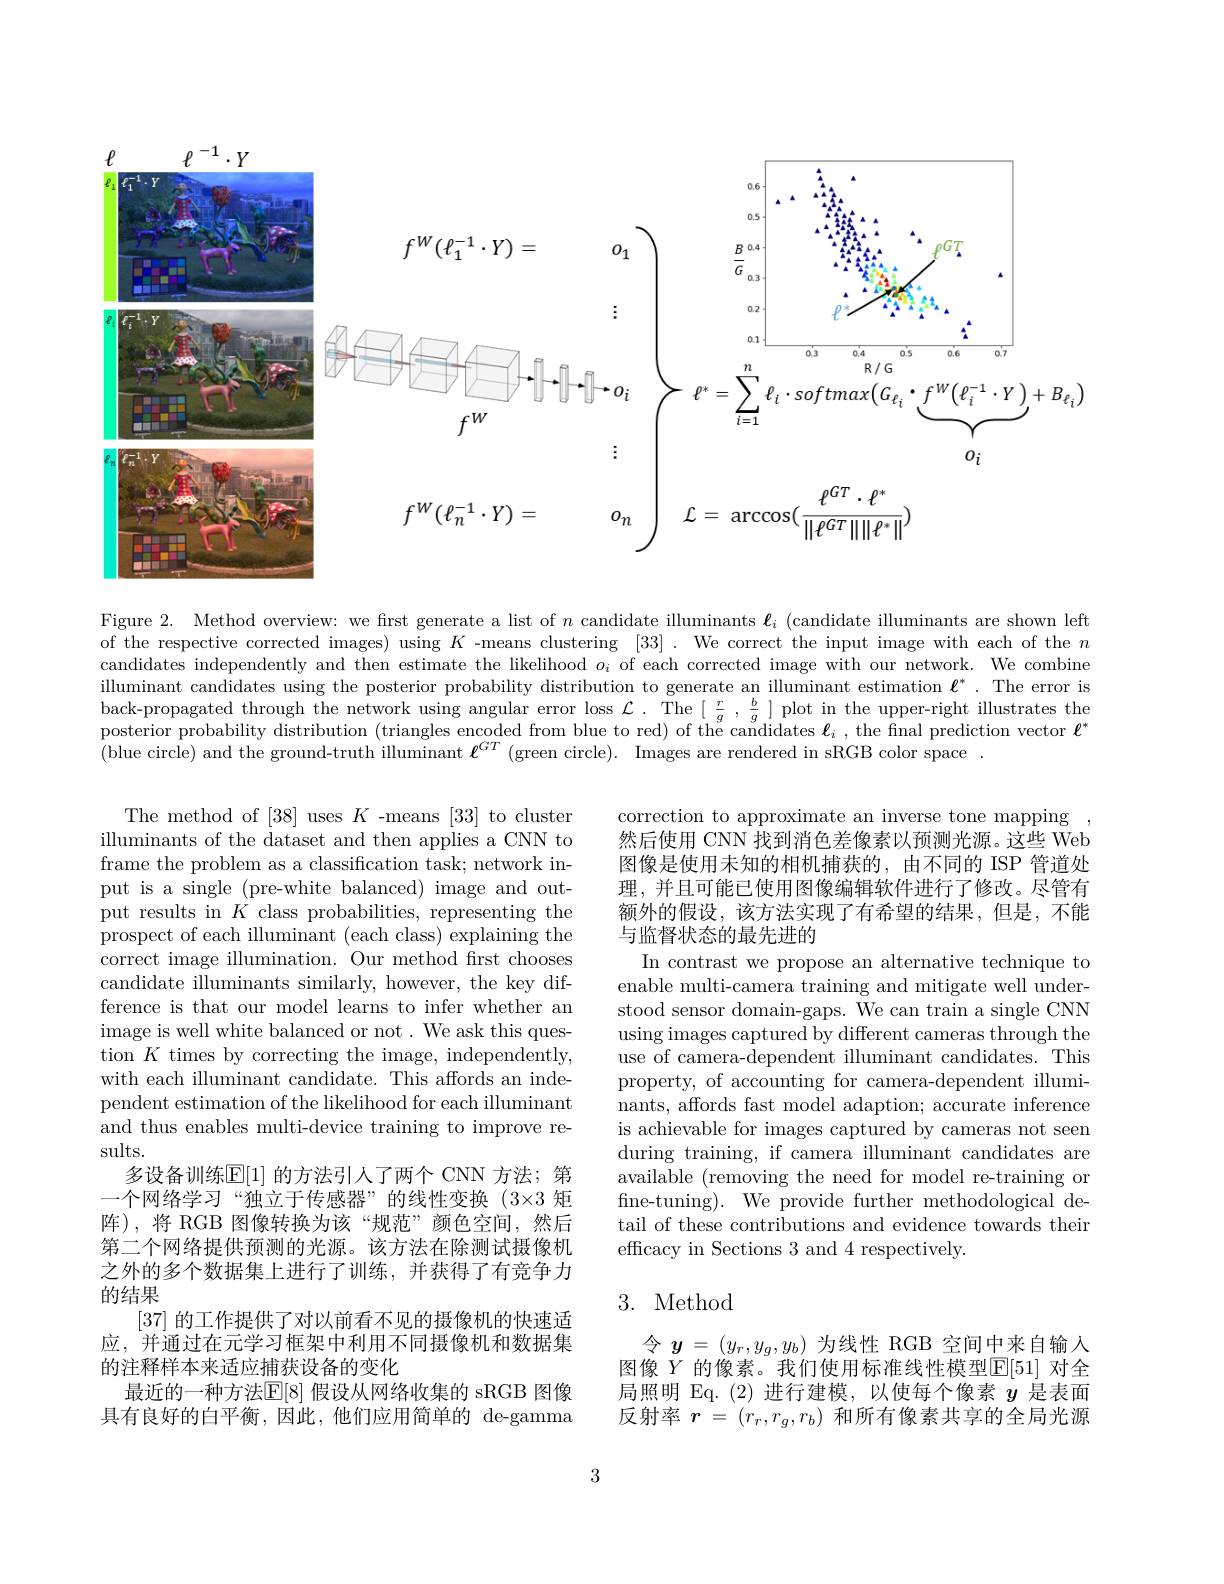
$\ell$
$\ell^{-1}\cdot Y$
$$\begin{aligned}&f^{W}(\ell_{1}^{-1}\cdot Y)=&o_{1}\\&f^{W}(\ell_{1}^{-1}\cdot Y)=&o_{1}\\&f^{W}(\ell_{n}^{-1}\cdot Y)=&o_{i}\\&f^{W}(\ell_{n}^{-1}\cdot Y)=&o_{n}\end{aligned}$$
Figure 2. Method overview: we first generate a list of $n$ candidate illuminants $\boldsymbol{\ell}_i$ (candidate illuminants are shown left of the respective corrected images) using $K$ -means clustering [33]. We correct the input image with each of the $n$ $\hat{\text{candidates independently and then estimate the likelihood }o_i}$ of each corrected image with our network. We combine illuminant candidates using the posterior probability distribution to generate an illuminant estimation $\ell^*.$ The error is back-propagated through the network using angular error loss $\mathcal{L}.$ The $[\frac rg,\frac bg]$ plot in the upper-right illustrates the posterior probability distribution (triangles encoded from blue to red) of the candidates $\ell_i$ , the final prediction vector $\ell^*$ $\hat{\text{(blue circle) and the ground-truth illuminant }\ell^{GT}}\left(\text{green circle). Images are rendered in sRGB color space }.\right.$

correction to approximate an inverse tone mapping , 然后使用 CNN 找到消色差像素以预测光源。这些 Web 图像是使用未知的相机捕获的，由不同的 ISP 管道处理，并且可能已使用图像编辑软件进行了修改。尽管有额外的假设，该方法实现了有希望的结果，但是，不能与监督状态的最先进的

In contrast we propose an alternative technique to enable multi-camera training and mitigate well understood sensor domain-gaps. We can train a single CNN using images captured by different cameras through the use of camera-dependent illuminant candidates. This property, of accounting for camera-dependent illuminants, affords fast model adaption; accurate inference is achievable for images captured by cameras not seen during training, if camera illuminant candidates are available (removing the need for model re-training or fine-tuning). We provide further methodological detail of these contributions and evidence towards their efficacy in Sections 3 and 4 respectively.

The method of [38] uses $K$ -means [33] to cluster illuminants of the dataset and then applies a CNN to frame the problem as a classification task; network input is a single (pre-white balanced) image and output results in $K$ class probabilities, representing the prospect of each illuminant (each class) explaining the correct image illumination. Our method first chooses candidate illuminants similarly, however, the key difference is that our model learns to infer whether an image is well white balanced or not. We ask this question $K$ times by correcting the image, independently, with each illuminant candidate. This affords an independent estimation of the likelihood for each illuminant and thus enables multi-device training to improve results.
多设备训练$\mathbb{E}[1]$ 的方法引人了两个 CNN 方法；第一个网络学习“独立于传感器”的线性变换(3$\times3 矩$ 阵),将 RGB 图像转换为该“规范”颜色空间，然后第二个网络提供预测的光源。该方法在除测试摄像机之外的多个数据集上进行了训练，并获得了有竞争力的结果
[37]的工作提供了对以前看不见的摄像机的快速适应，并通过在元学习框架中利用不同摄像机和数据集的注释样本来适应捕获设备的变化
最近的一种方法$\overline{\mathbb{E}}[8]$ 假设从网络收集的 sRGB 图像具有良好的白平衡，因此，他们应用简单的 de-gamma

## 3. Method

令$y=(y_r,y_g,y_b)$为线性 RGB 空间中来自输入图像$Y$的像素。我们使用标准线性模型$\mathbb{E}[51]$对全局照明 Eq.(2)进行建模，以使每个像素$y$是表面反射率$r=(r_r,r_g,r_b)$和所有像素共享的全局光源

3